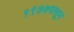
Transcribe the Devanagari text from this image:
१९७७पासून